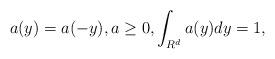
LaTeX: \begin{align*}a(y)=a(-y), a\geq 0, \int_{R^d}a(y)dy=1,\end{align*}